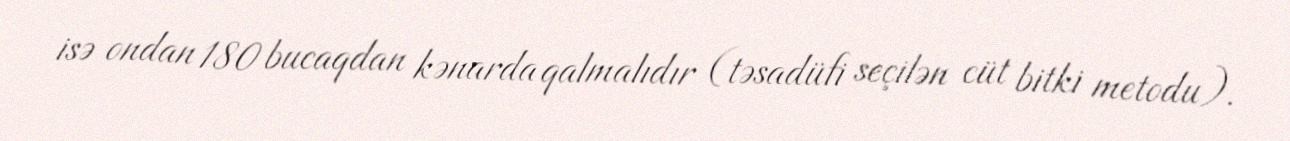
isə ondan 180 bucaqdan kənarda qalmalıdır (təsadüfi seçilən cüt bitki metodu).